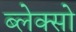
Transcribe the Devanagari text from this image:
ब्लेक्सो